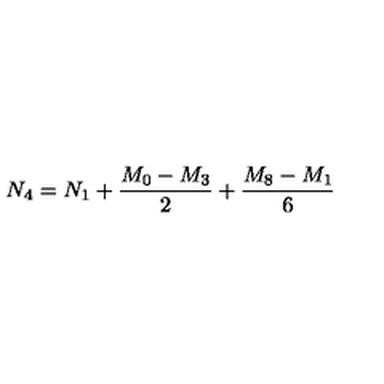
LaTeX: N _ { 4 } = N _ { 1 } + { \frac { M _ { 0 } - M _ { 3 } } { 2 } } + { \frac { M _ { 8 } - M _ { 1 } } { 6 } }